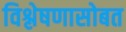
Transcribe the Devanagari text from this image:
विश्लेषणासोबत